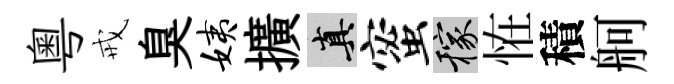
粤戒臭姨擴真蜜稼恠積舸